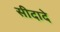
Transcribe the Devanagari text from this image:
सीदादे